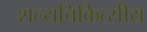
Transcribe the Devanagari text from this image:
शल्यचिकित्सीय